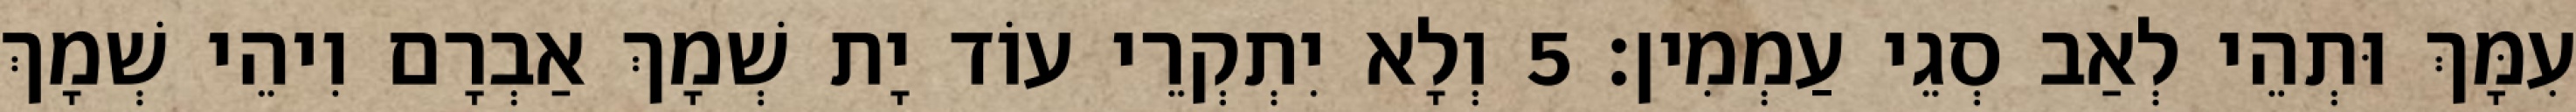
עִמָּךְ וּתְהֵי לְאַב סְגֵי עַמְמִין׃ 5 וְלָא יִתְקְרֵי עוֹד יָת שְׁמָךְ אַבְרָם וִיהֵי שְׁמָךְ